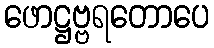
ဖောဋ္ဌဗ္ဗရတောပေ